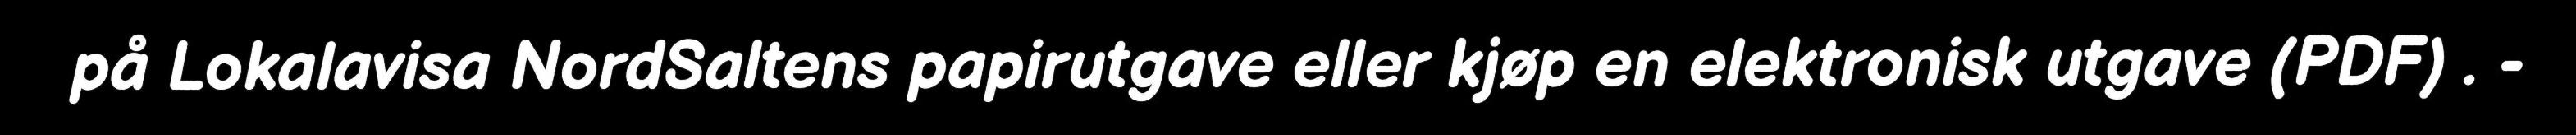
på Lokalavisa NordSaltens papirutgave eller kjøp en elektronisk utgave (PDF) . -